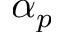
\alpha _ { p }